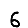
Digit: 6